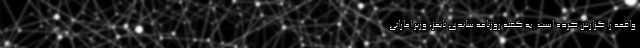
واقعه را گزارش کرده است. به گفته روزنامه ساندی تایمز، وزیر اماراتی